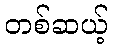
တစ်ဆယ့်